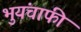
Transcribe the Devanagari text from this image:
भुयंचाफीं